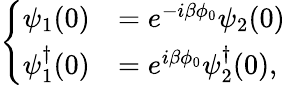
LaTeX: \left\{ \begin{array}{ll}{{\psi_{1}(0)}}&{{=e^{-i\beta\phi_{0}}\psi_{2}(0)}}\\ {{\psi_{1}^{\dagger}(0)}}&{{=e^{i\beta\phi_{0}}\psi_{2}^{\dagger}(0),}}\end{array}\right.